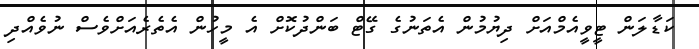
ކަޑާލަން ޓީވީއެމްއަށް ދިޔުމުން އެތަނުގެ ގޭޓް ބަންދުކޮށް އެ މީހުން އެތެރެއަށްވެސް ނުވެއްދި